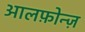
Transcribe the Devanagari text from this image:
आलफ़ोन्ज़